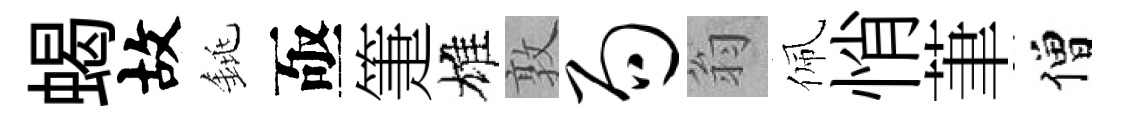
蝎故銚亟箑雄敦局翁佩悄茟僧